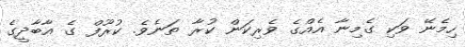
ހިމެނޭ ވަކި ގެމިނާ އެއްގެ ވެރިކަން ކުރާ ތަނެވެ. ކުރޫފް ގެ އާބާދީގެ